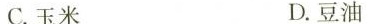
C.玉米 D.豆油